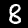
Label: 8